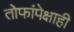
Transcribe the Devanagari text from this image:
तोफांपेक्षाही